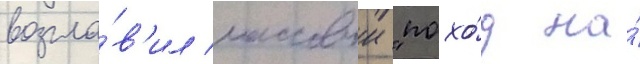
возгла́в'ил массовыи "похо́д на́